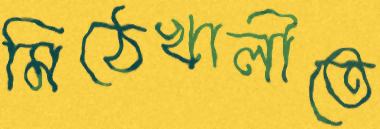
মিঠেখালীতে